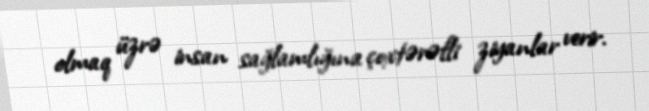
olmaq üzrə insan sağlamlığına çoxtərəfli ziyanlar verir.